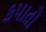
કપાતો